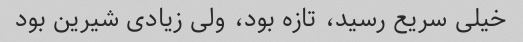
خیلی سریع رسید، تازه بود، ولی زیادی شیرین بود